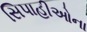
સિપાહીઓના